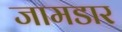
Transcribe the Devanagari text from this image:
जामडार